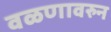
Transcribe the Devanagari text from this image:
वळणावरुन